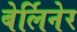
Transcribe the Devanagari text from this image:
बेर्लिनेर